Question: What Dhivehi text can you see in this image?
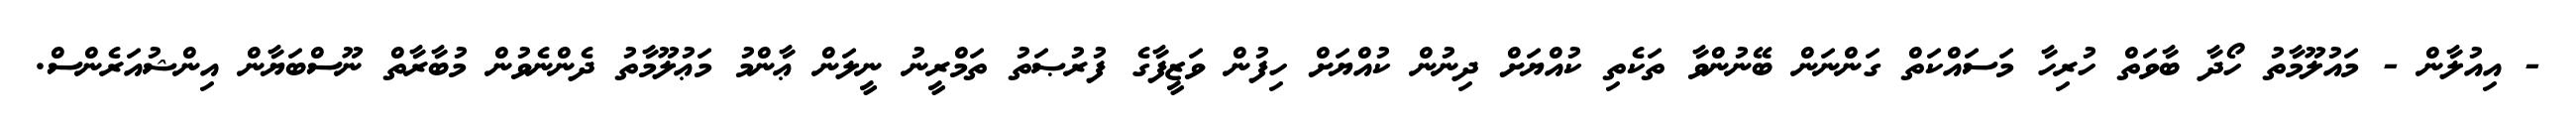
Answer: - އިއުލާން - މައުލޫމާތު ހޯދާ ބާވަތް ހުރިހާ މަސައްކަތް ގަންނަން ބޭނުންވާ ތަކެތި ކުއްޔަށް ދިނުން ކުއްޔަށް ހިފުން ވަޒީފާގެ ފުރުޞަތު ތަމްރީނު ނީލަން ޢާންމު މަޢުލޫމާތު ދެންނެވުން މުބާރާތް ނޫސްބަޔާން އިންޝުއަރެންސް.